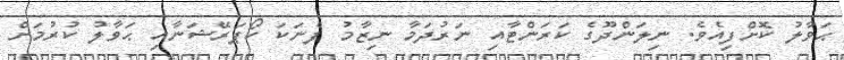
ޙަވާލު ކޮށްފިއެވެ. ނިލަންދޫގެ ކަރަންޓާއި ނަރުދަމާ ނިޒާމު ފެނަކަ ކޯޕަރޭޝަނާއި ޙަވާލު ކުރުމަށް